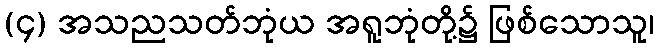
(၄) အသညသတ်ဘုံယ အရူဘုံတို့၌ ဖြစ်သောသူ၊